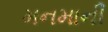
મનમાની